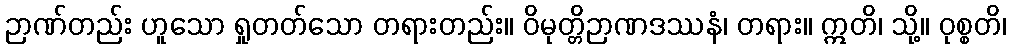
ဉာဏ်တည်း ဟူသော ရှုတတ်သော တရားတည်း။ ဝိမုတ္တိဉာဏဒဿနံ၊ တရား။ ဣတိ၊ သို့။ ဝုစ္စတိ၊